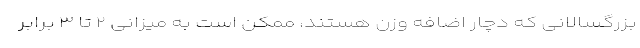
بزرگسالانی که دچار اضافه وزن هستند، ممکن است به میزانی ۲ تا ۳ برابر